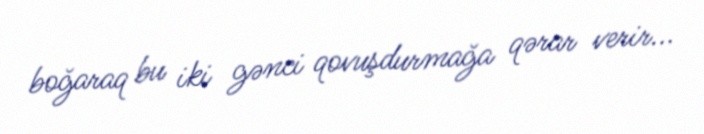
boğaraq bu iki gənci qovuşdurmağa qərar verir...